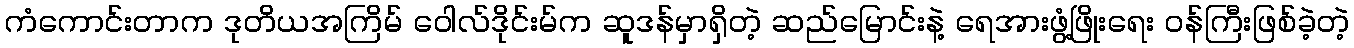
ကံကောင်းတာက ဒုတိယအကြိမ် ဝေါလ်ဒိုင်းမ်က ဆူဒန်မှာရှိတဲ့ ဆည်မြောင်းနဲ့ ရေအားဖွံ့ဖြိုးရေး ဝန်ကြီးဖြစ်ခဲ့တဲ့